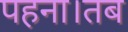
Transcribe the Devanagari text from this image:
पहना।तब